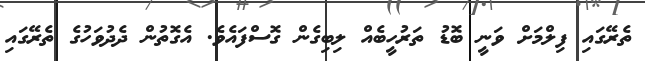
ތެރޭގައި ފިލްމަށް ވަނީ ބޮޑު ތަރުހީބެއް ލިބިގެން ގޮސްފައެވެ. އެގޮތުން ދެދުވަހުގެ ތެރޭގައި